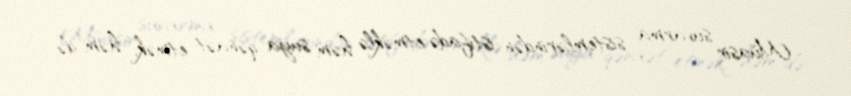
Müasir suvarma sistemlərindən istifadə etməklə həm suya qənaət etmək, həm də